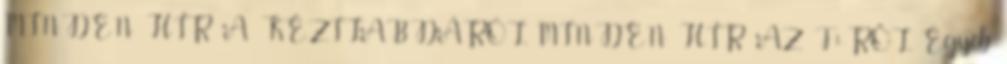
MINDEN HÍR A KÉZILABDÁRÓL MINDEN HÍR AZ F1-RŐL Egyéb